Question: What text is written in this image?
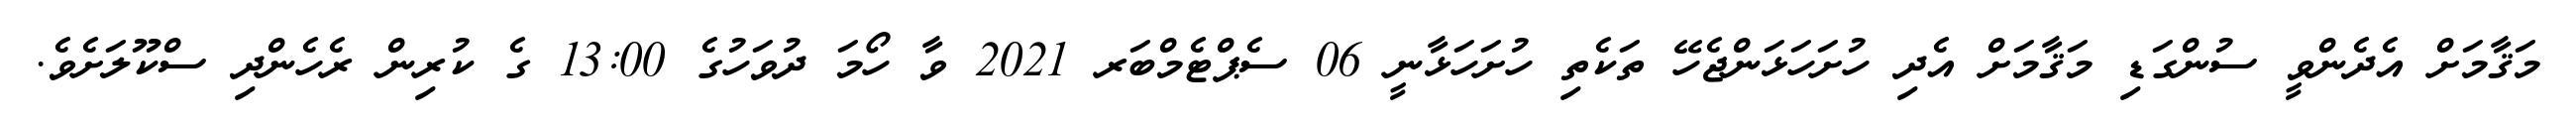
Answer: މަޤާމަށް އެދެންވީ ސުންގަޑި މަޤާމަށް އެދި ހުށަހަޅަންޖެހޭ ތަކެތި ހުށަހަޅާނީ 06 ސެޕްޓެމްބަރ 2021 ވާ ހޯމަ ދުވަހުގެ 13:00 ގެ ކުރިން ރެހެންދި ސްކޫލަށެވެ.